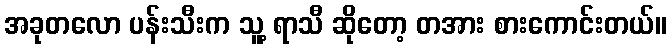
အခုတလော ပန်းသီးက သူ့ ရာသီ ဆိုတော့ တအား စားကောင်းတယ်။